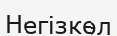
Негізкөл